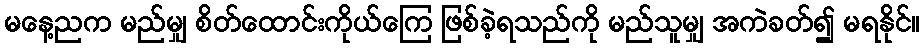
မနေ့ညက မည်မျှ စိတ်ထောင်းကိုယ်ကြေ ဖြစ်ခဲ့ရသည်ကို မည်သူမျှ အကဲခတ်၍ မရနိုင်။